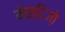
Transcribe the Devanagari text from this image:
मेस्टिजो़